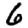
Digit: 6